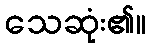
သေဆုံး၏။